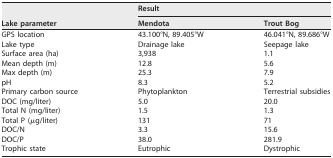
<table><thead><tr><td rowspan="2"><b>Lake parameter</b></td><td colspan="2"><b>Result</b></td></tr><tr><td><b>Mendota</b></td><td><b>Trout Bog</b></td></tr></thead><tbody><tr><td>GPS location</td><td>43.100°N, 89.405°W</td><td>46.041°N, 89.686°W</td></tr><tr><td>Lake type</td><td>Drainage lake</td><td>Seepage lake</td></tr><tr><td>Surface area (ha)</td><td>3,938</td><td>1.1</td></tr><tr><td>Mean depth (m)</td><td>12.8</td><td>5.6</td></tr><tr><td>Max depth (m)</td><td>25.3</td><td>7.9</td></tr><tr><td>pH</td><td>8.3</td><td>5.2</td></tr><tr><td>Primary carbon source</td><td>Phytoplankton</td><td>Terrestrial subsidies</td></tr><tr><td>DOC (mg/liter)</td><td>5.0</td><td>20.0</td></tr><tr><td>Total N (mg/liter)</td><td>1.5</td><td>1.3</td></tr><tr><td>Total P (μg/liter)</td><td>131</td><td>71</td></tr><tr><td>DOC/N</td><td>3.3</td><td>15.6</td></tr><tr><td>DOC/P</td><td>38.0</td><td>281.9</td></tr><tr><td>Trophic state</td><td>Eutrophic</td><td>Dystrophic</td></tr></tbody></table>